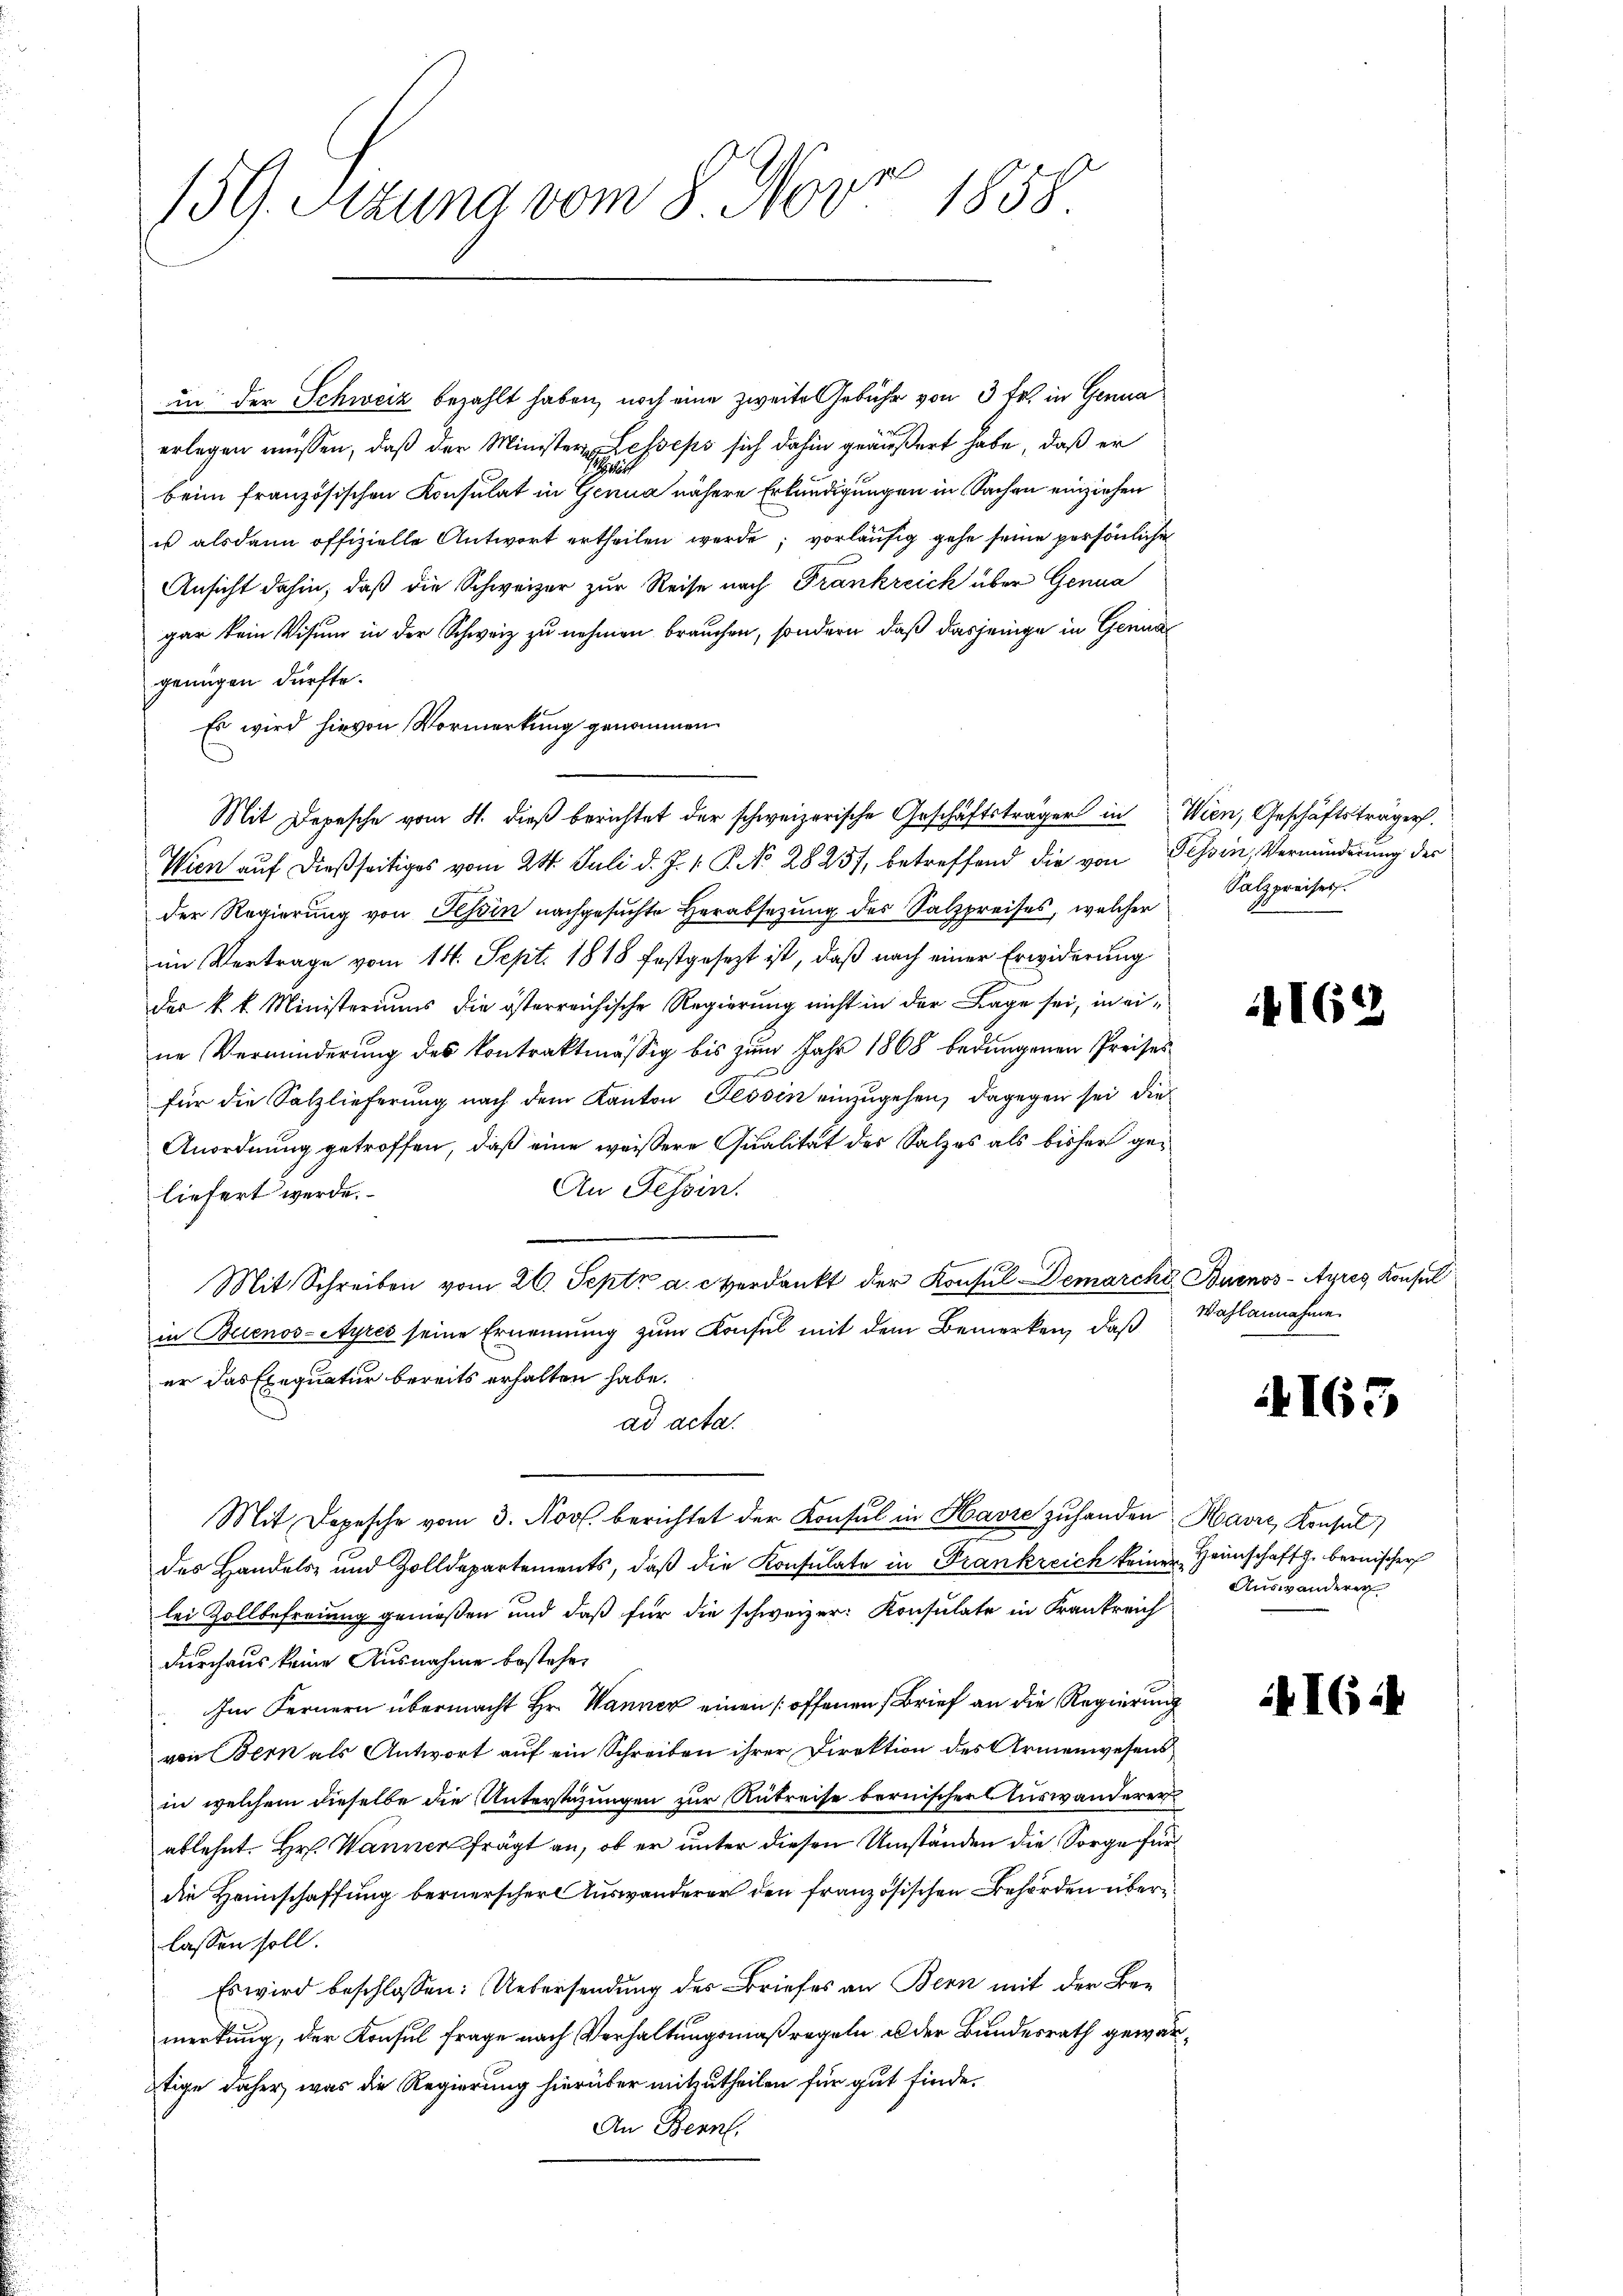
1
.
159. Stund vom 8. Nov. 1858.

in der Schweiz bezahlt haben, noch eine zweite Gebühr von 3 fr. in Genua
erlegen müssen, daß der Minister Lesseps sich dahin geäußert habe, daß er
S
beim französischen Konsulat in Genua nähere Erkundigungen in Sachen einziehen
us alsdann offizielle Antwort ertheilen werde; vorläufig gehe seine persönliche
Ansicht dahin, daß die Schweizer zur Reise nach Frankreich über Genua
gar kein Visum in der Schweiz zu nehmen brauchen, sondern, daß dasjenige in Genuagenügen dürfte.
Es wird hievon Vormerkung genommen
Wien auf dießseitiges vom 24. Juli d. J. v. P. No 28257, betreffend die von Tessin, Verminderung der
der Regierung von Tessin nachgesuchte Herabsetzung des Salzpreises, welcher
im Vertrage vom 14. Sept. 1818 festgesezt ist, daß nach einer Erwiderung
der k. k. Ministeriums die österreichische Regierung nicht in der Lage sei, in eine Verminderung des kontraktmässig bis zum Jahr 1868 bedungenen Preises
für die Salzlieferung nach dem Kanton Tessin einzugehen, dagegen sei die
Anordnung getroffen, daß eine weisere Qualität des Salzes als bisher ge¬
An Tessin.
liefert werde.
Mit Schreiben vom 26. Sept. a. c verdankt der Konsul Demarche Buenos-Ayres Konsul
in Buenos-Ayres seine Ernennung zum Konsul mit dem Bemerken, daß
er das Exequatur bereits erhalten habe.
ad acta.
Mit Depesche vom 3. Nov. berichtet der Konsul in Havre zuhanden Havre, Konsul
des Handels- und Zolldepartements, daβ die Konsulate in Frankreich keiner Haunschaft z. bernischer
lei Zollbefreiung genießen und daß für die schweizer: Konsulate in Krankreich
durchaus keine Ausnahme bestehen
Im Fernern übermacht Hr. Wanner einen offenen Brief an die Regierung
von Bern als Antwort auf ein Schreiben ihrer Direktion des Armenwesens
in welchem dieselbe die Unterstüzungen zur Rükreise bernischers Auswanderer
ablehnt. Hr. Wanner frägt an, ob er unter diesen Umständen die Sorge fürdie Heimschaffung bernerscher Auswanderer den französischen Behörden überlassen soll.
Es wird beschlossen: Uebersendung der Briefes an Bern mit der Bemerkung, der Konsul Frage nach Verhaltungsmaßregeln u der Bundesrath gewärtige daher, was die Regierung hierüber mitzutheilen für gut finde.
An Bern.

Mit Depesche vom 4. dieß berichtet der schweizerische Geschäftsträger in Wien, Geschäftsträger.

Salzpreiser.

162

Wahlannahme.

163

Auswanderer

AIG:4